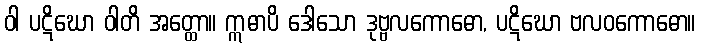
ဝါ ပဋိဃော ဝါတိ အတ္ထော။ ဣဓာပိ ဒေါသော ဒုဗ္ဗလကောဓော, ပဋိဃော ဗလဝကောဓော။